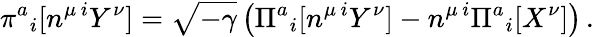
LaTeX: \pi^{a}{}_{i}[n^{\mu\, i}Y^{\nu}]=\sqrt{-\gamma}\left(\Pi^{a}{}_{i}[n^{\mu\, i}Y^{\nu}]-n^{\mu\, i}\Pi^{a}{}_{i}[X^{\nu}]\right)\, .